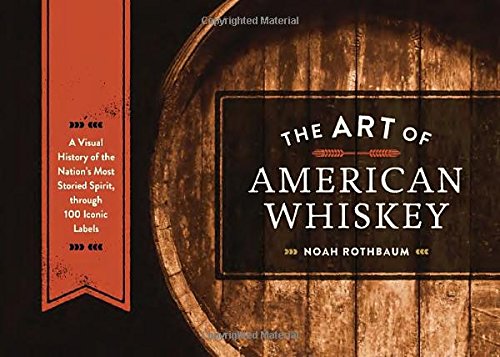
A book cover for The Art of American Whiskey: A Visual History of the Nation's Most Storied Spirit, Through 100 Iconic Labels; Noah Rothbaum; Business & Money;